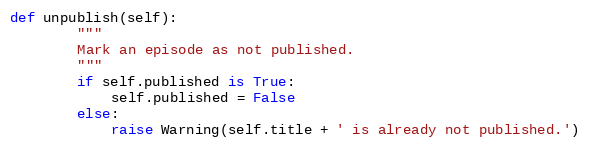
Language: Python
def unpublish(self):
        """
        Mark an episode as not published.
        """
        if self.published is True:
            self.published = False
        else:
            raise Warning(self.title + ' is already not published.')